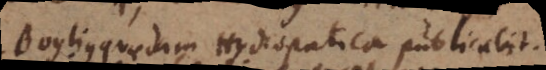
Boylius quaedam Hydrostatica publicabit.